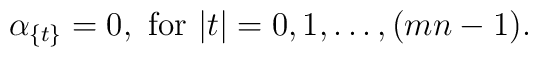
\alpha_{\{t\}} = 0, \ \mbox{for} \ |t|=0,1,\ldots ,(mn-1).